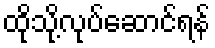
ထိုသို့လုပ်ဆောင်ရန်